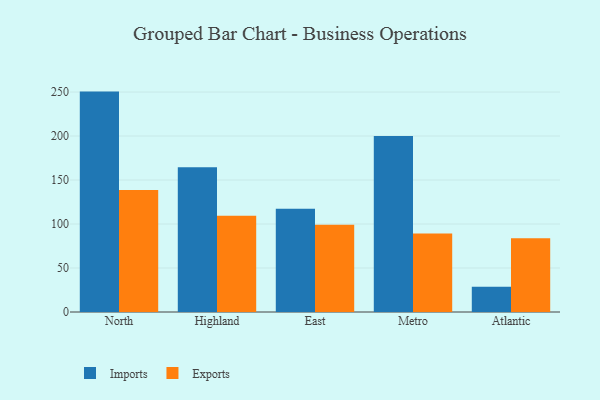
{"axis": {"x": "Region", "y": "Temperature (°C)"}, "legend": ["Exports", "Imports"], "data": [{"x": "North", "y": 250.5, "type": "Imports"}, {"x": "North", "y": 138.8, "type": "Exports"}, {"x": "Highland", "y": 164.5, "type": "Imports"}, {"x": "Highland", "y": 109.5, "type": "Exports"}, {"x": "East", "y": 117.3, "type": "Imports"}, {"x": "East", "y": 99.1, "type": "Exports"}, {"x": "Metro", "y": 199.9, "type": "Imports"}, {"x": "Metro", "y": 89.1, "type": "Exports"}, {"x": "Atlantic", "y": 28.7, "type": "Imports"}, {"x": "Atlantic", "y": 83.7, "type": "Exports"}]}